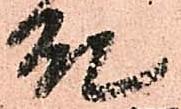
殿